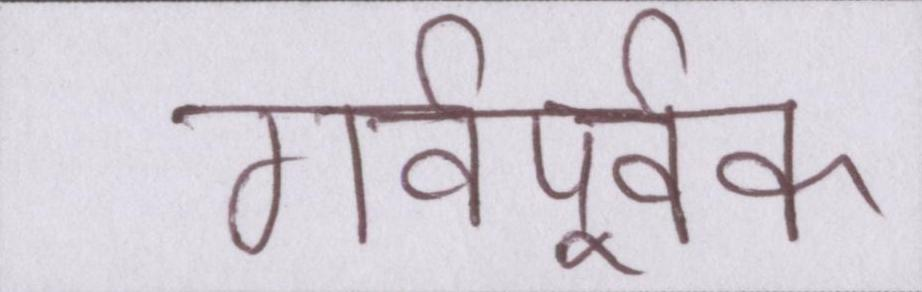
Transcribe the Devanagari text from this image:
गर्वपूर्वक